Sketch of the medical history of the native army of Bombay, for the year
Year: 1870
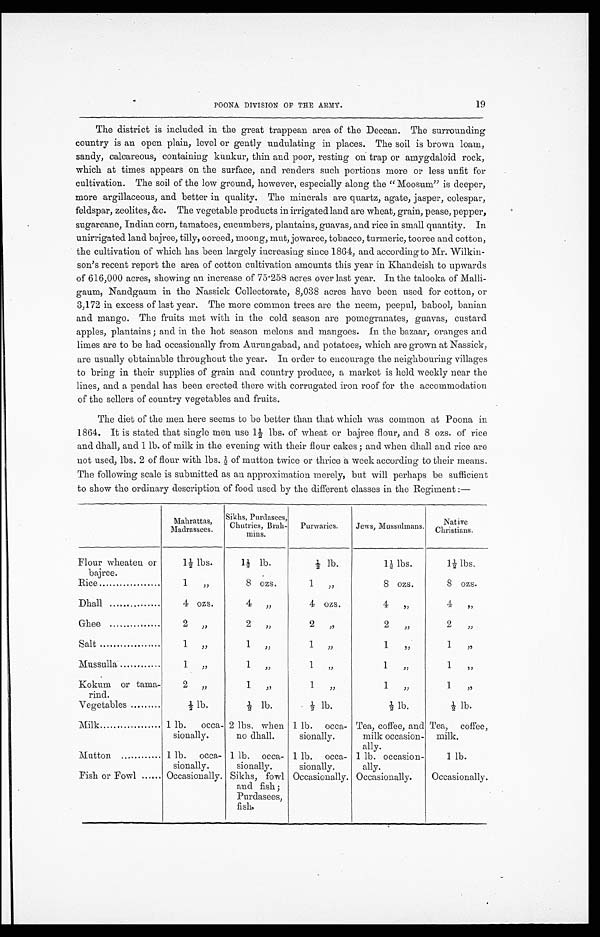
POONA DIVISION OF THE ARMY.
19
The district is included in the great trappean area of the Deccan. The surrounding
country is an open plain, level or gently undulating in places. The soil is brown loam,
sandy, calcareous, containing kunkur, thin and poor, resting on trap or amygdaloid rock,
which at times appears on the surface, and renders such portions more or less unfit for
cultivation. The soil of the low ground, however, especially along the " Moosum" is deeper,
more argillaceous, and better in quality. The minerals are quartz, agate, jasper, colespar,
feldspar, zeolites, &c. The vegetable products in irrigated land are wheat, grain, pease, pepper,
sugarcane, Indian corn, tamatoes, cucumbers, plantains, guavas, and rice in small quantity. In
unirrigated land bajree, Lilly, ooreed, moong, mut, jowaree, tobacco, turmeric, tooree and cotton,
the cultivation of which has been largely increasing since 1864, and according to Mr. Wilkin
-son's recent report the area of cotton cultivation amounts this year in Khandeish to upwards
of 616,000 acres, showing an increase of 75.258 acres over last year. In the talooka of Malli
-gaum, Nandgaum in the Nassick Collectorate, 8,038 acres have been used for cotton, or
3,172 in excess of last year. The more common trees are the neem, peepul, babool, banian
and mango. The fruits met with in the cold season are pomegranates, guavas, custard
apples, plantains ; and in the hot season melons and mangoes. In the bazaar, oranges and
limes are to be had occasionally from Aurungabad, and potatoes, which are grown at Nassick,
are usually obtainable throughout the year. In order to encourage the neighbouring villages
to bring in their supplies of grain and country produce, a market is held weekly near the
lines, and a pendal has been erected there with corrugated iron roof for the accommodation
of the sellers of country vegetables and fruits.
The diet of the men here seems to be better than that which was common at Poona in
1864. It is stated that single men use 1½ lbs. of wheat or bajree flour, and 8 ozs. of rice
and dhall, and 1 lb. of milk in the evening with their flour cakes ; and when dhall and rice are
not used, lbs. 2 of flour with lbs. of mutton twice or thrice a week according to their means.
The following scale is submitted as an approximation merely, but will perhaps be sufficient
to show the ordinary description of food used by the different classes in the Regiment :—
Mahrattas,
Madrassees.
Sikhs, Purdasees,
Chutries, Brah-
m i n s .
Purwaries.
Jews, Mussulmans.
Native
Christians.
Flour wheaten or
bajree.
1½ lbs.
1½ lb.
½ lb.
1½ lbs.
1½ lbs.
Rice ...................
1
„
8 ozs.
1 ,,
8 ozs.
8 ozs.
Dhall ...................
4 ozs.
4 ,,
4 ozs.
4 „
4 ,,
Ghee ...................
2
„ 2 „
2 ,,
2 ,,
2 „
Salt ...................
1
„ 1 ,,
1 ,,
1 ,,
1 „
Mussulla ...................
1 ,,
1 „
1 ,,
1 ,,
1 „
Kokum or tama-
r i nd. . . . . . . . . . . . . . . . . . . .
2 „
1 ,,
1 ,,
1 ,,
1 ,,
Vegetables ...................
½ lb.
½ lb.
½ l b .
½ lb.
½ l b
Milk ................... 1 lb. occa-
sionally.
2 lbs. when
no dhall.
1 lb. occa-
sionally.
Tea, coffee, and
milk occasion-
ally.
Tea, coffee,
milk.
Mutton ................... 1 lb. occa-
sionally.
1 lb. occa-
sionally.
1 lb. occa-
sionally.
1 lb. occasion-
ally.
1 lb.
Fish or Fowl ................... Occasionally. Sikhs, fowl
and fish ;
Purdasees,
fish.
Occasionally. Occasionally.
Occasionally.